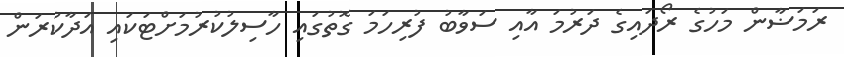
ރަމަޟާން މަހުގެ ރޯދައިގެ ދަރުމަ އާއި ސަވާބު ފުރިހަމަ ގޮތުގައި ހާސިލުކުރުމަށްޓަކައި އަދާކުރަން